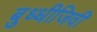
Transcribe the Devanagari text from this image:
बुध्धीजिवी